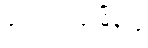
ကျောက်ဖြူမြို့နယ်